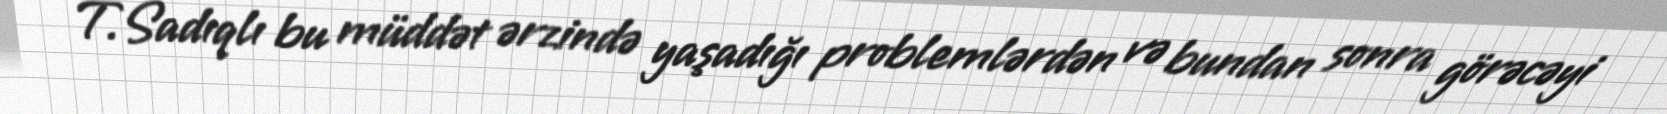
T.Sadıqlı bu müddət ərzində yaşadığı problemlərdən və bundan sonra görəcəyi